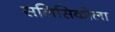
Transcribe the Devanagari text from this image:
सलिसिकोला